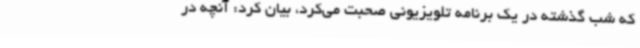
که شب گذشته در یک برنامه تلویزیونی صحبت می‌کرد، بیان کرد: آنچه در